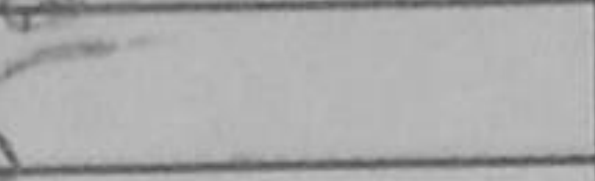
Transcription: c5